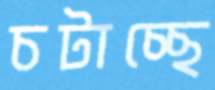
চটাচ্ছে